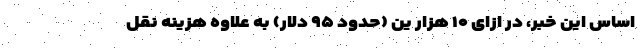
اساس این خبر، در ازای ۱۰ هزار ین (حدود ۹۵ دلار) به علاوه هزینه نقل